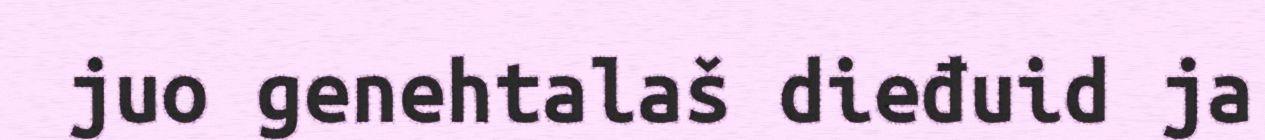
juo genehtalaš dieđuid ja